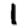
Digit: 1